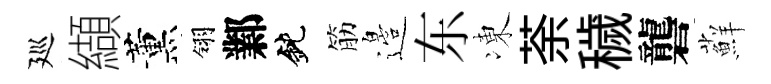
廵纈薰翎鄴鈍筋邉东凍荼穢礱蘚